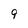
Character: 9